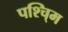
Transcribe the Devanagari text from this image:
पश्चि्म